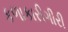
કળાકારીગીરી